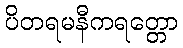
ပိတရမနီကရတ္တော